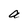
Character: a